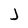
Character: j